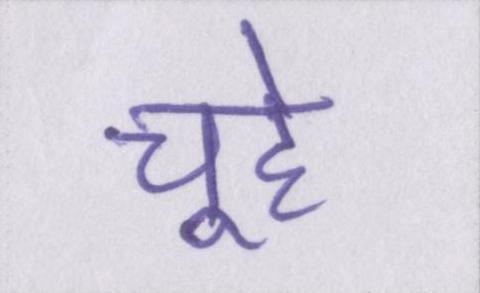
चूहे